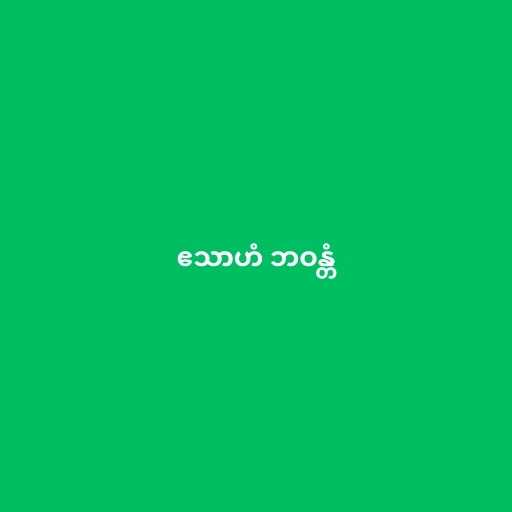
ဧသာဟံ ဘဝန္တံ